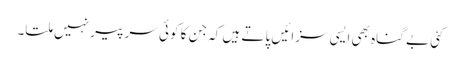
کئی بے گناہ بھی ایسی سزائیں پاتے ہیں کہ جن کا کوئی سر پیر نہیں ملتا۔